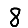
Digit: 8